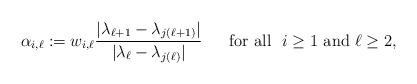
LaTeX: \begin{align*}\alpha_{i,\ell}:=w_{i,\ell}\frac{\vert \lambda_{\ell+1}-\lambda_{j(\ell+1)}\vert}{\vert \lambda_{\ell}-\lambda_{j(\ell)}\vert}\ \ \ \ \ \mathrm{for\ all\ }\ i\ge 1\ \mathrm{and\ } \ell\ge 2,\end{align*}